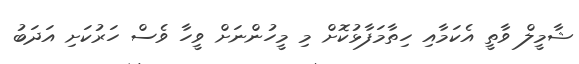
ޝާމީލް ވާތީ އެކަމާއި ހިތާމަފާޅުކޮށް މި މީހުންނަށް ވީހާ ވެސް ހަރުކަށި އަދަބު